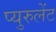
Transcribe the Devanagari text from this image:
प्युरुलेंट